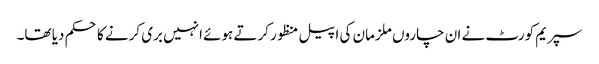
سپریم کورٹ نے ان چاروں ملزمان کی اپیل منظور کرتے ہوئے انہیں بری کرنے کا حکم دیا تھا۔